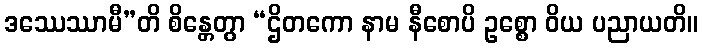
ဒဿေဿာမီ”တိ စိန္တေတွာ “ဌိတကော နာမ နီစောပိ ဥစ္စော ဝိယ ပညာယတိ။